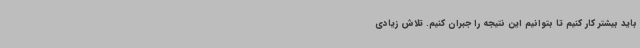
باید بیشتر کار کنیم تا بتوانیم این نتیجه را جبران کنیم. تلاش زیادی